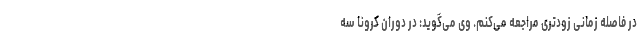
در فاصله زمانی زودتری مراجعه می‌کنم. وی می‌گوید: در دوران کرونا سه